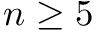
n \ge 5